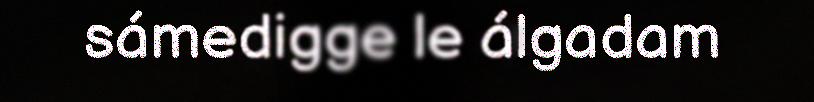
sámedigge le álgadam